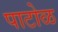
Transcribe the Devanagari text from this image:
पाटोळ